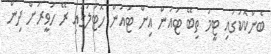
ބެންކޮކުގައި ޓީމު ތިބޭ ޓައުން އިން ޓައުން ހޮޓަލުގައި ރޭ ހަވީރަށް ދިން